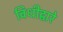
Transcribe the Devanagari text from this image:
विधीद्वारे